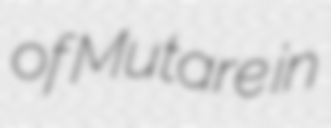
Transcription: of Mutare in